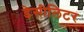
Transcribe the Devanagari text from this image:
डेसीलिटर